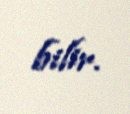
bilir.